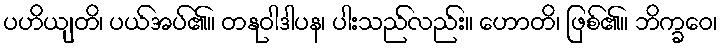
ပဟိယျတိ၊ ပယ်အပ်၏။ တနုဝါဒါပန၊ ပါးသည်လည်း။ ဟောတိ၊ ဖြစ်၏။ ဘိက္ခဝေ၊